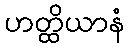
ဟတ္ထိယာနံ